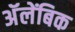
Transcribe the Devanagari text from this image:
अॅलेंबिक